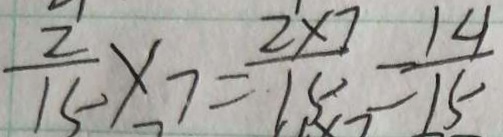
\frac { 2 } { 1 5 } \times 7 = \frac { 2 \times 7 } { 1 5 } = \frac { 1 4 } { 1 5 }